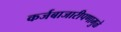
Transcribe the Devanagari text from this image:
कर्जबाजारीपणामुळे